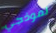
نموذجي